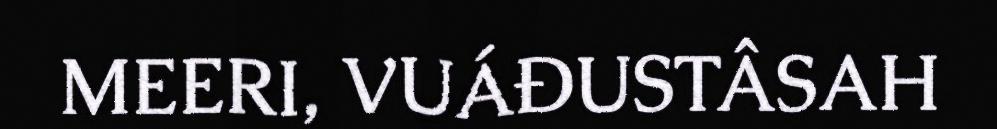
MEERI, VUÁĐUSTÂSAH